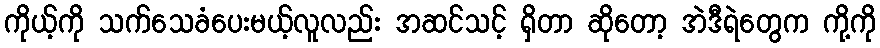
ကိုယ့်ကို သက်သေခံပေးမယ့်လူလည်း အဆင်သင့် ရှိတာ ဆိုတော့ အဲဒီရဲတွေက ကို့ကို